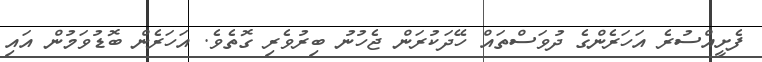
ފެށީއްސުރެ އަހަރެންގެ ދުވަސްތައް ހޭދަކުރަން ޖެހުނު ބިރުވެރި ގޮތެވެ. އަހަރެން ބޮޑުވަމުން އައި